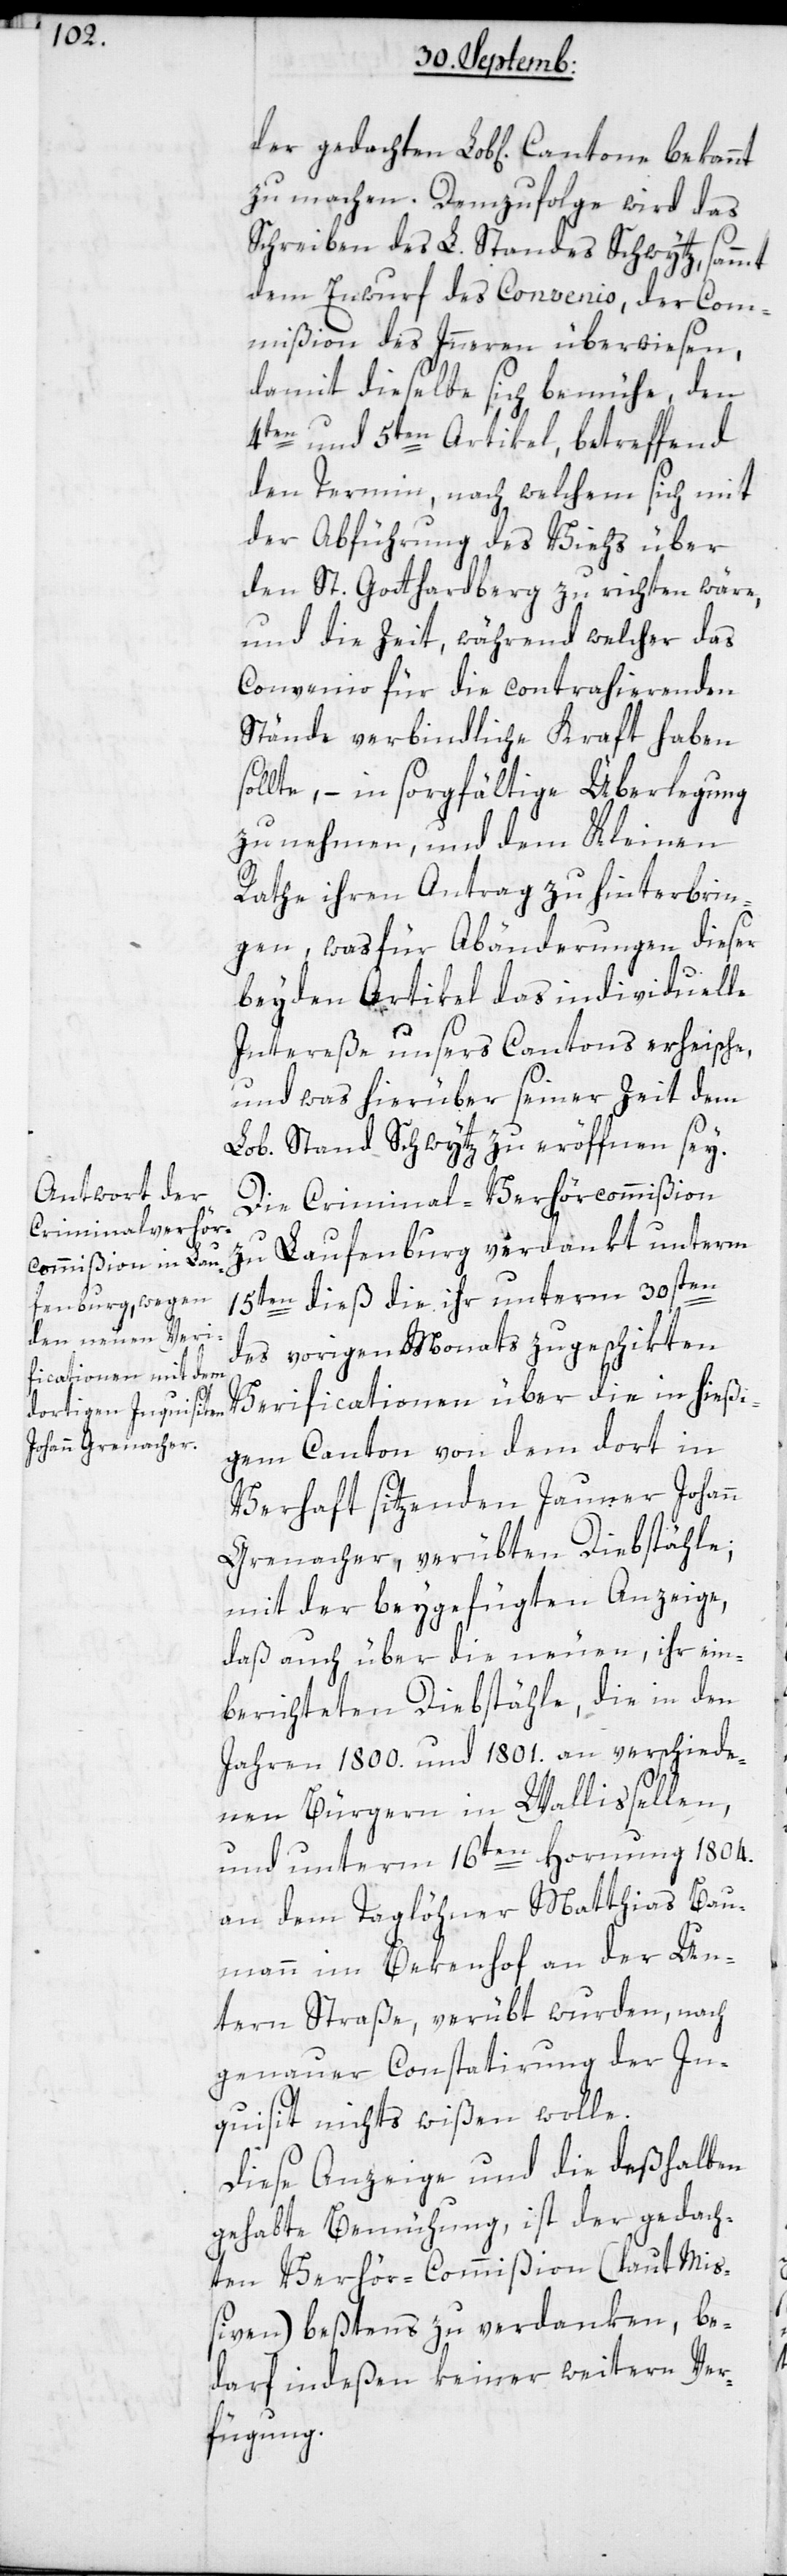
zu machen. Demzufolge wird das
Schreiben des L. Standes Schwytz, sammt
dem Entwurf des Convenio, der Com¬
mißion des Inneren überwiesen,
damit dieselbe sich bemühe, den
4ten und 5ten Artikel, betreffend
den Termin, nach welchem sich mit
der Abführung des Viehs über
den St. Gotthardsberg zu richten wäre,
und die Zeit, während welcher das
Convenio für die contrahierenden
Stände verbindliche Kraft haben
sollte, – in sorgfältige Überlegung
zu nehmen, und dem Kleinen
Rathe ihren Antrag zu hinterbrin¬
gen, was für Abänderungen dieser
beyden Artikel das individuelle
Intereße unsers Cantons erheische,
und was hierüber seiner Zeit dem
Lob. Stand Schwytz zu eröffnen sey.
Die Criminal-Verhörcommißion
zu Laufenburg verdankt unterm
15ten dieß die ihr unterm 30sten
des vorigen Monats zugeschikten
Verificationen über die in hießi¬
gem Canton von dem dort in
Verhaft sitzenden Jauner Johann
Grenacher, verübten Diebstähle,
mit der beygefügten Anzeige,
daß auch über die neuen, ihr ein¬
berichteten Diebstähle, die in den
Jahren 1800. und 1801. an verschiede¬
nen Bürgern in Wallisellen,
und unterm 16ten Hornung 1804.
an dem Taglöhner Matthias Bau¬
mann im Bekenhof an der Un¬
tern Straße verübt wurden, nach
genauer Constatierung der In¬
quisit nichts wißen wolle.
Diese Anzeige und die deßhalben
gehabte Bemühung, ist der gedach¬
ten Verhör-Commißion (laut Mi¬
ßiven) beßtens zu verdanken, be¬
darf indeßen keiner weitern Ver¬
fügung.